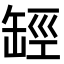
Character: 𦈵